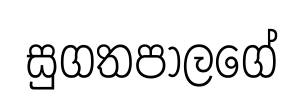
සුගතපාලගේ